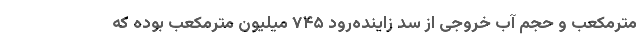
مترمکعب و حجم آب خروجی از سد زاینده‌رود ۷۴۵ میلیون مترمکعب بوده که